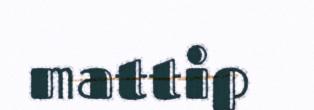
mattip